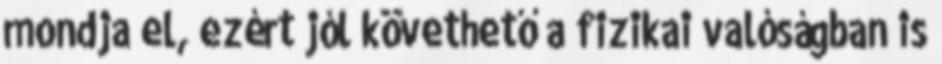
mondja el, ezért jól követhető a fizikai valóságban is